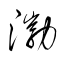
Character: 渤